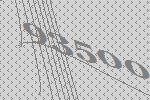
93500